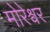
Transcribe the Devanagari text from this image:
मोरेश्र्वर